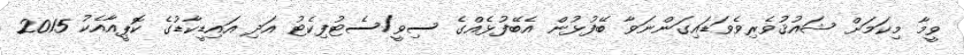
ވީމާ މިކަމަށް ޝައުޤުވެރިވެވަޑައިގަންނަވާ ބޭފުޅުން އެބޭފުޅެއްގެ ސިވީ/ސެޓުފިކެޓު އަދި އައިޑީކާޑުގެ ކޮޕީއާއެކު 2015